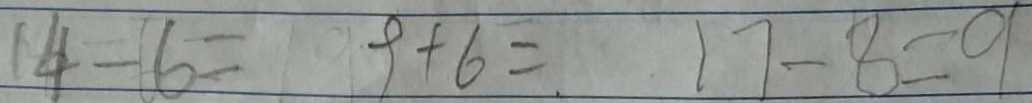
1 4 - 6 = 9 + 6 = 1 7 - 8 = 9